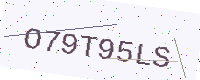
Text: O79T95LS